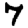
Digit: 7